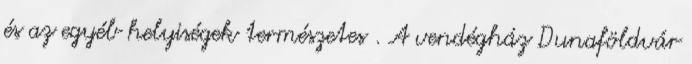
és az egyéb helyiségek természetes . A vendégház Dunaföldvár